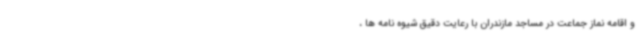
و اقامه نماز جماعت در مساجد مازندران با رعایت دقیق شیوه نامه ها ،